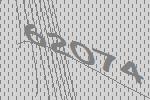
62074